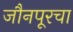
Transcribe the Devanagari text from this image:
जौनपूरचा